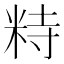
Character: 𥹩